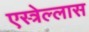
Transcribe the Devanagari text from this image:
एस्त्रेल्लास